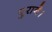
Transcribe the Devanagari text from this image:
पुराने।